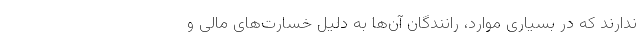
ندارند که در بسیاری موارد، رانندگان آن‌ها به دلیل خسارت‌های مالی و